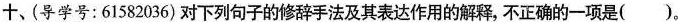
十、\underline{(导学号：61582036)}对下列句子的修辞手法及其表达作用的解释，不正确的一项是( )。